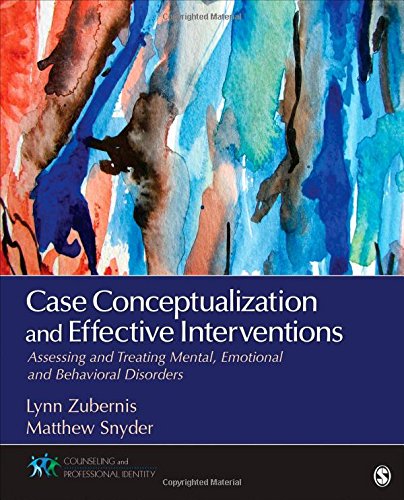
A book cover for Case Conceptualization and Effective Interventions: Assessing and Treating Mental, Emotional, and Behavioral Disorders (Counseling and Professional Identity); Lynn Zubernis; Medical Books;